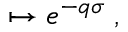
{ \bf \Phi } \mapsto e ^ { - q \sigma } { \bf \Phi } ,